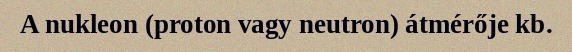
A nukleon (proton vagy neutron) átmérője kb.